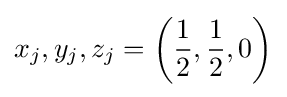
x_{j},y_{j},z_{j}=\left({\frac {1}{2}},{\frac {1}{2}},0\right)